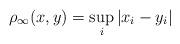
LaTeX: \begin{align*}\rho_\infty(x,y)=\sup_i\left|x_i-y_i\right|\end{align*}